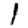
Digit: 1